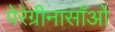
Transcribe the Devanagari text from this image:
पेरेग्रीनासाँओ